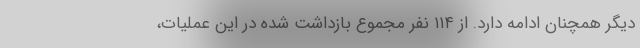
دیگر همچنان ادامه دارد. از ۱۱۴ نفر مجموع بازداشت شده در این عملیات،